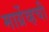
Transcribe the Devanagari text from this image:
मार्ग्रेव्हची